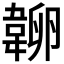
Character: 𰆔